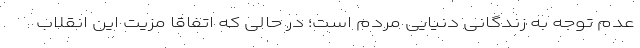
عدم توجه به زندگانی دنیایی مردم است؛ در حالی که اتفاقا مزیت این انقلاب